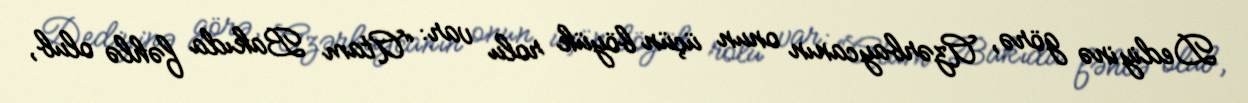
Dediyinə görə, Azərbaycanın onun üçün böyük rolu var: “Atam Bakıda fəhlə olub,